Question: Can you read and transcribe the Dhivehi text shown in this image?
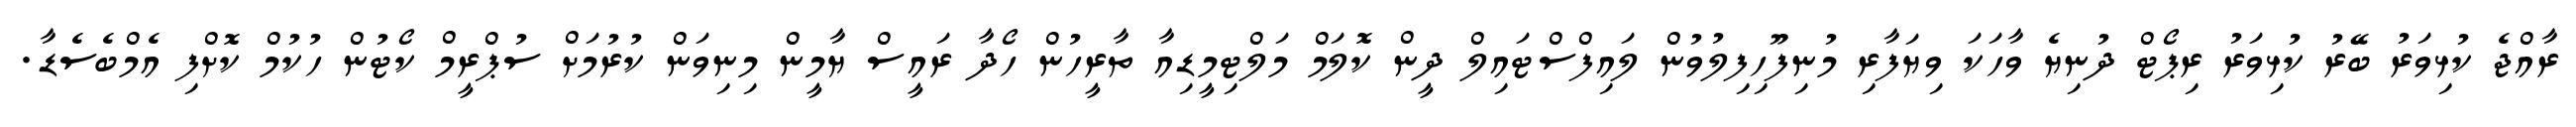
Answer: ރާއްޖެ ކުޅިވަރު ބޭރު ކުޅިވަރު ރިޕޯޓް ދުނިޔެ ވާހަކަ ވިޔަފާރި މުނިފޫހިފިލުވުން ލައިފްސްޓައިލް ދީން ކޮލަމް މަލްޓިމީޑިއާ ތާރީހުން ހޯދާ ރައީސް ޔާމީން މިނިވަން ކުރުމަށް ސުޕްރީމް ކޯޓުން ހުކުމް ކޮށްފި އެމްބެސެޑާ.